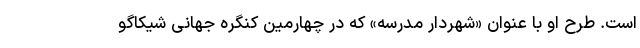
است. طرح او با عنوان «شهردار مدرسه» که در چهارمین کنگره جهانى شیکاگو